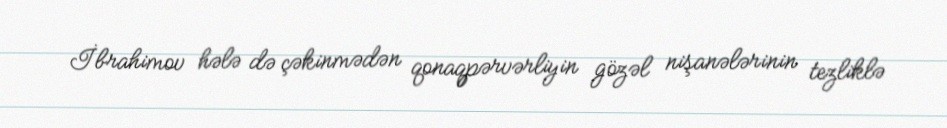
İbrahimov hələ də çəkinmədən qonaqpərvərliyin gözəl nişanələrinin tezliklə